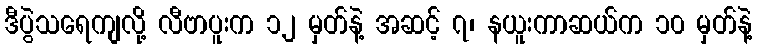
ဒီပွဲသရေကျလို့ လီဗာပူးက ၁၂ မှတ်နဲ့ အဆင့် ၇၊ နယူးကာဆယ်က ၁၀ မှတ်နဲ့